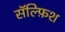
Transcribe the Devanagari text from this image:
सॅल्फ़िश